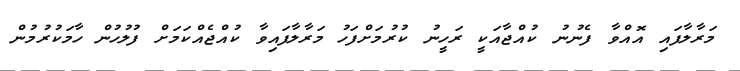
މަރާލާފައި އޮއްވާ ފެނުނު ކުއްޖާއަކީ ރަހީނު ކުރުމަށްފަހު މަރާލާފައިވާ ކުއްޖެއްކަމަށް ފުލުހުން ހާމަކުރުމުން